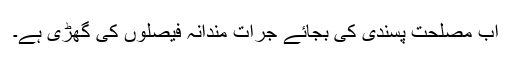
اب مصلحت پسندی کی بجائے جرات مندانہ فیصلوں کی گھڑی ہے۔